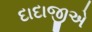
દાદાજીએ